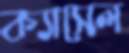
ক্যাসেল